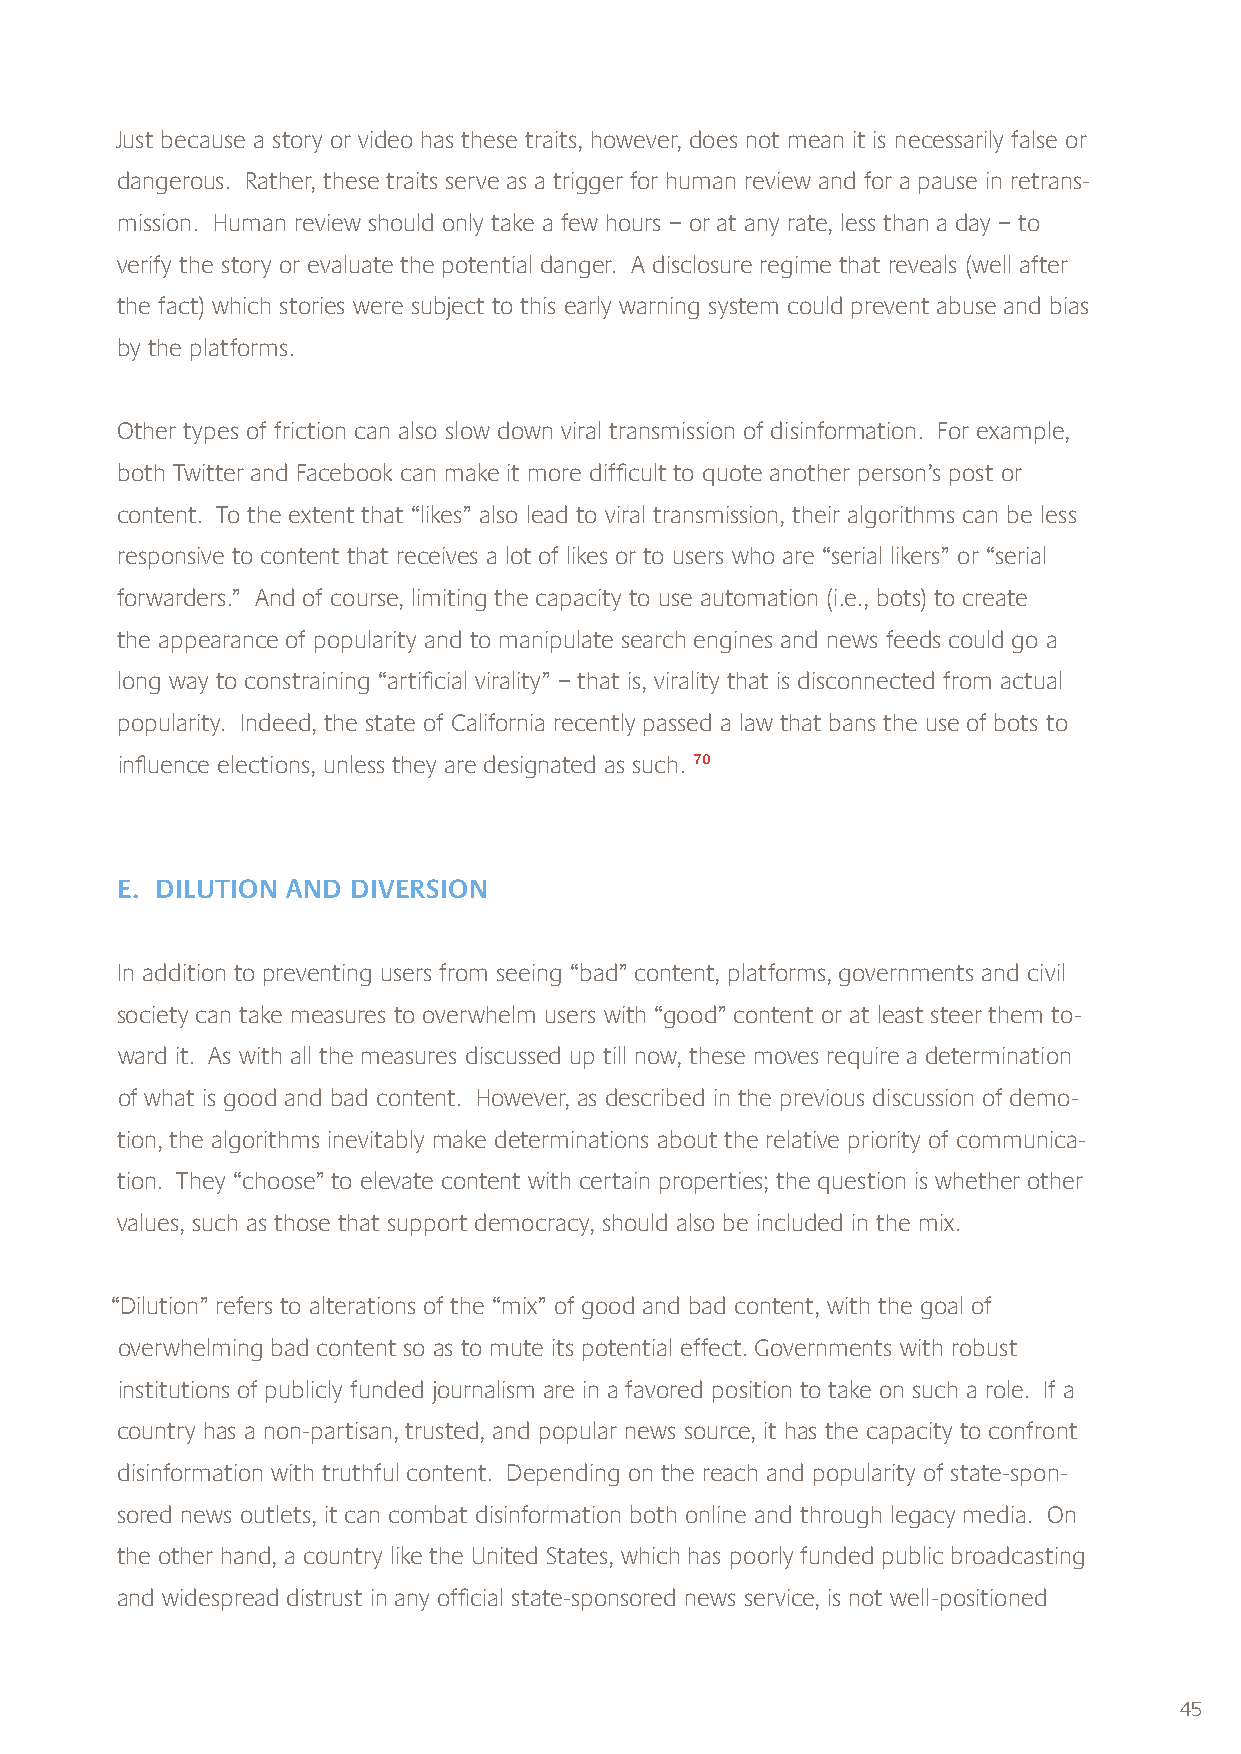
Just because a story or video has these traits, however, does not mean it is necessarily false or
 dangerous. Rather, these traits serve as a trigger for human review and for a pause in retrans-
 mission. Human review should only take a few hours – or at any rate, less than a day – to
 verify the story or evaluate the potential danger. A disclosure regime that reveals (well after
 the fact) which stories were subject to this early warning system could prevent abuse and bias
 by the platforms.
 Other types of friction can also slow down viral transmission of disinformation. For example,
 both Twitter and Facebook can make it more difficult to quote another person’s post or
 content. To the extent that “likes” also lead to viral transmission, their algorithms can be less
 responsive to content that receives a lot of likes or to users who are “serial likers” or “serial
 forwarders.” And of course, limiting the capacity to use automation (i.e., bots) to create
 the appearance of popularity and to manipulate search engines and news feeds could go a
 long way to constraining “artificial virality” – that is, virality that is disconnected from actual
 popularity. Indeed, the state of California recently passed a law that bans the use of bots to
 influence elections, unless they are designated as such. 70
 E. DILUTION AND DIVERSION
 In addition to preventing users from seeing “bad” content, platforms, governments and civil
 society can take measures to overwhelm users with “good” content or at least steer them to-
 ward it. As with all the measures discussed up till now, these moves require a determination
 of what is good and bad content. However, as described in the previous discussion of demo-
 tion, the algorithms inevitably make determinations about the relative priority of communica-
 tion. They “choose” to elevate content with certain properties; the question is whether other
 values, such as those that support democracy, should also be included in the mix.
 “Dilution” refers to alterations of the “mix” of good and bad content, with the goal of
 overwhelming bad content so as to mute its potential effect. Governments with robust
 institutions of publicly funded journalism are in a favored position to take on such a role. If a
 country has a non-partisan, trusted, and popular news source, it has the capacity to confront
 disinformation with truthful content. Depending on the reach and popularity of state-spon-
 sored news outlets, it can combat disinformation both online and through legacy media. On
 the other hand, a country like the United States, which has poorly funded public broadcasting
 and widespread distrust in any official state-sponsored news service, is not well-positioned
 45